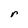
Character: r